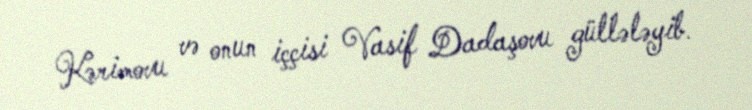
Kərimovu və onun iççisi Vasif Dadaşovu güllələyib.